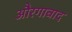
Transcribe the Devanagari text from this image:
औरगाबाद